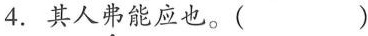
4.其人\underset{·}{弗}能应也。( )